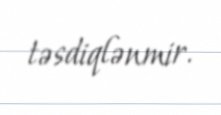
təsdiqlənmir.